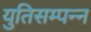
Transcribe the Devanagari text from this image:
युतिसम्पन्न